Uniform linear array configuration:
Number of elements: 8
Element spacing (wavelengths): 1
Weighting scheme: exponential
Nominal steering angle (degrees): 0
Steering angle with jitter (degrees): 1.36
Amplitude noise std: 0.05
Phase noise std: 0.05

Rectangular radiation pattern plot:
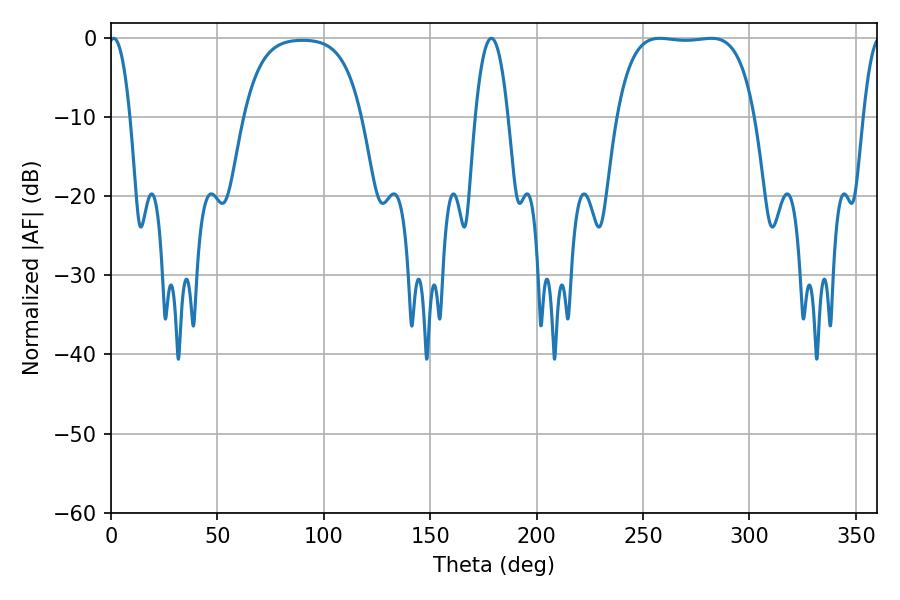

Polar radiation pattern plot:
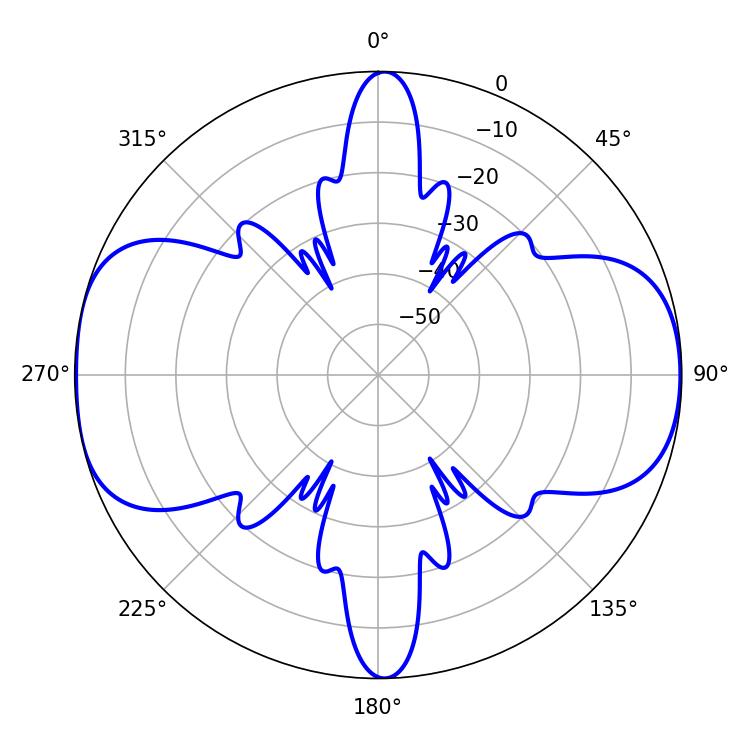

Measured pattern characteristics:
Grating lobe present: TRUE
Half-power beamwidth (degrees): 50.76
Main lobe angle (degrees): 257.94